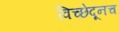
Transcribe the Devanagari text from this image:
विच्छेदूनच